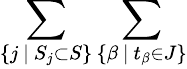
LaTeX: \sum_{\{ j~|~S_{j}\subset S\} }\sum_{\{ \beta~|~t_{\beta}\in J\} }